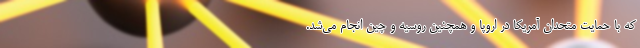
که با حمایت متحدان آمریکا در اروپا و همچنین روسیه و چین انجام می‌شد.